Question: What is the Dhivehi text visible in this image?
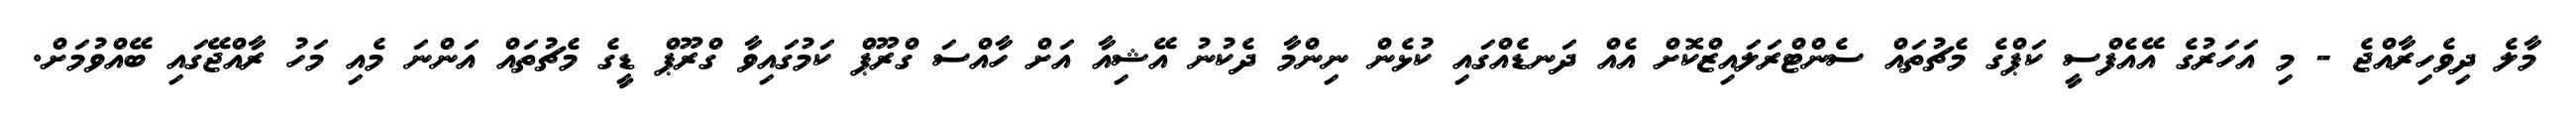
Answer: މާލެ ދިވެހިރާއްޖެ - މި އަހަރުގެ އޭއެފްސީ ކަޕްގެ މެޗުތައް ސެންޓްރަލައިޒްކޮށް އެއް ދަނޑެއްގައި ކުޅެން ނިންމާ ދެކުނު އޭޝިއާ އަށް ހާއްސަ ގްރޫޕް ކަމުގައިވާ ގްރޫޕް ޑީގެ މެޗުތައް އަންނަ މެއި މަހު ރާއްޖޭގައި ބޭއްވުމަށް.